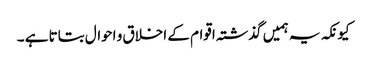
کیونکہ یہ ہمیں گذشتہ اقوام کے اخلاق و احوال بتاتا ہے ۔